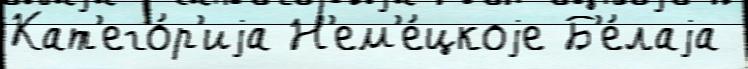
Кат'его́р'иjа Н'ем'е́цкоjе Б'е́лаjа